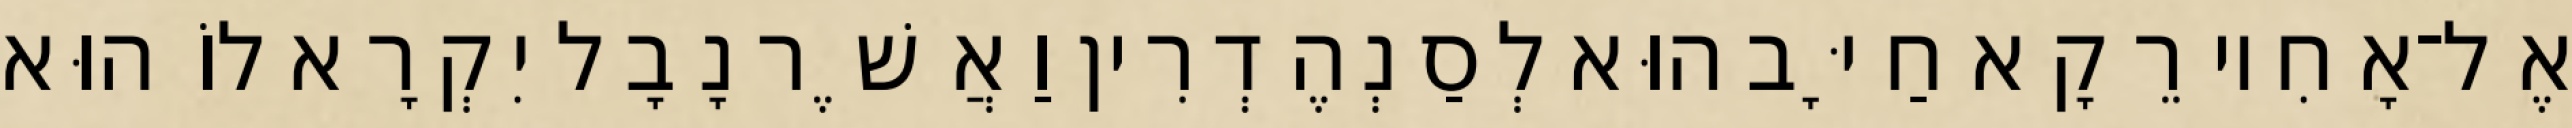
אֶל־אָחִיו רֵקָא חַיָּב הוּא לְסַנְהֶדְרִין וַאֲשֶׁר נָבָל יִקְרָא לוֹ הוּא